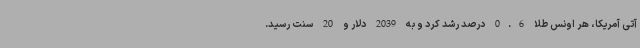
آتی آمریکا، هر اونس طلا 0.6 درصد رشد کرد و به 2039 دلار و 20 سنت رسید.